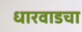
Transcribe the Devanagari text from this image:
धारवाडचा